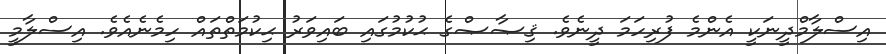
އިސްލާމްދީނަކީ އެންމެ ފުރިހަމަ ދީނެވެ. ޤިޞާޞްގެ ޙުކުމުގައި ބައިވަރު ޙިކުމަތްތައް ހިމެނެއެވެ. އިސްލާމީ